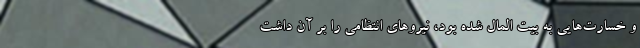
و خسارت‌هایی به بیت المال شده بود، نیرو‌های انتظامی را بر آن داشت